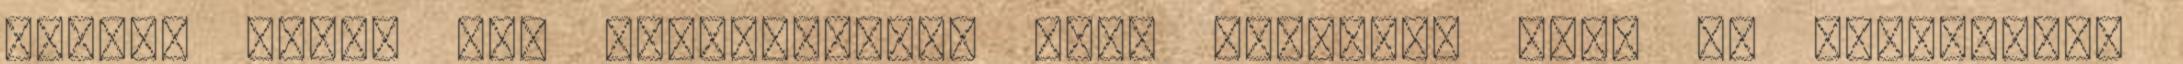
van-e; amire azt válaszolnám, hogy igazatok van, de legalábbis